Vaccination report Assam 1874-1896 - 1874-1896
Year: 1874
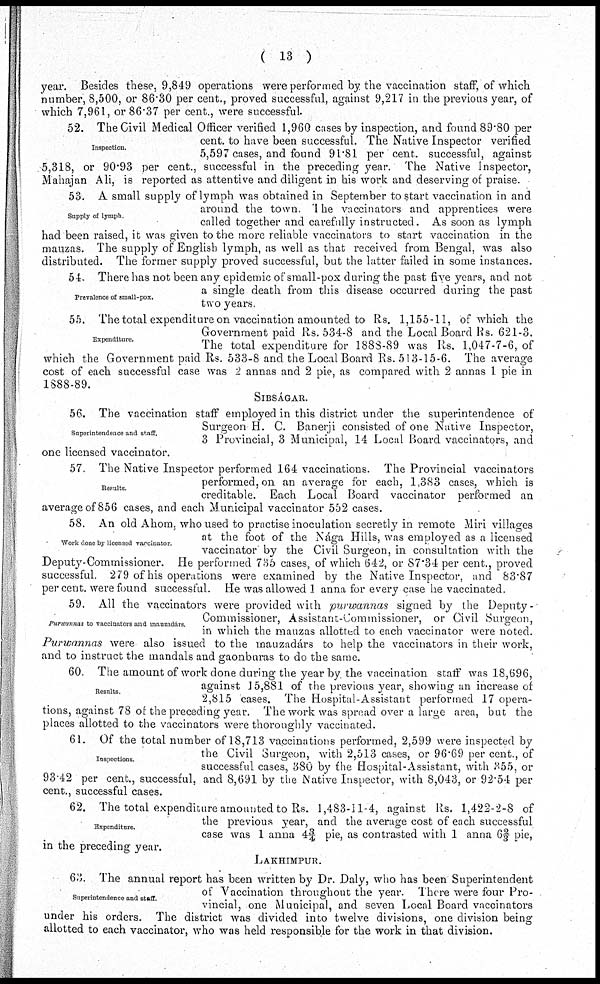
( 13 )
year. Besides these, 9,849 operations were performed by the vaccination staff, of which
number, 8,500, or 86.30 per cent., proved successful, against 9,217 in the previous year, of
which 7,961, or 86.37 per cent., were successful.
Inspection.
52. The Civil Medical Officer verified 1,960 cases by inspection, and found 89.80 per
cent. to have been successful. The Native Inspector verified
5,597 cases, and found 91.81 per cent. successful, against
5,318, or 90.93 per cent., successful in the preceding year. The Native Inspector,
Mahajan Ali, is reported as attentive and diligent in his work and deserving of praise.
Supply of lymph
53. A small supply of lymph was obtained in September to start vaccination in and
around the town. The vaccinators and apprentices were
called together and carefully instructed. As soon as lymph
had been raised, it was given to the more reliable vaccinators to start vaccination in the
mauzas. The supply of English lymph, as well as that received from Bengal, was also
distributed. The former supply proved successful, but the latter failed in some instances.
Prevalence of small-pox.
54. There has not been any epidemic of small-pox during the past five years, and not
a single death from this disease occurred during the past
two years.
Expenditure.
55. The total expenditure on vaccination amounted to Rs. 1,155-11, of which the
Government paid Rs. 534-8 and the Local Board Rs. 621-3.
The total expenditure for 188S-89 was Rs, 1,047-7-6, of
which the Government paid Rs. 533-8 and the Local Board Rs. 513-15-6. The average
cost of each successful case was 2 annas and 2 pie, as compared with 2 annas 1 pie in
1888-89.
SIBSÁGAR.
Superintendence and staff.
56. The vaccination staff employed in this district under the superintendence of
Surgeon H. C. Banerji consisted of one Native Inspector,
3 Provincial, 3 Municipal, 14 Local Board vaccinators, and
one licensed vaccinator.
Results.
57. The Native Inspector performed 164 vaccinations. The Provincial vaccinators
performed, on an average for each, 1,383 cases, which is
creditable. Each Local Board vaccinator performed an
average of 856 cases, and each Municipal vaccinator 552 cases.
Work done by licensed vaccinator.
58. An old Ahom, who used to practise inoculation secretly in remote Miri villages
at the foot of the Nága Hills, was employed as a licensed
vaccinator by the Civil Surgeon, in consultation with the
Deputy-Commissioner. He performed 736 cases, of which 642, or 87.34 per cent., proved
successful. 279 of his operations were examined by the Native Inspector, and 83.87
per cent. were found successful. He was allowed 1 anna for every case he vaccinated.
Purwannas to vaccinators and mauzadárs.
59. All the vaccinators were provided with purwannas signed by the Deputy -
Commissioner, Assistant-Commissioner, or Civil Surgeon,
in which the mauzas allotted to each vaccinator were noted.
Purwannas were also issued to the mauzadárs to help the vaccinators in their work,
and to instruct the mandals and gaonburas to do the same.
Results.
60. The amount of work done during the year by the vaccination staff was 18,696,
against 15,881 of the previous year, showing an increase of
2,815 cases. The Hospital-Assistant performed 17 opera-
tions, against 78 of the preceding year. The work was spread over a large area, but the
places allotted to the vaccinators were thoroughly vaccinated.
Inspections.
61. Of the total number of 18,713 vaccinations performed, 2,599 were inspected by
the Civil Surgeon, with 2,513 cases, or 96.69 per cent., of
successful cases, 380 by the Hospital-Assistant, with 355, or
93.42 per cent., successful, and 8,691 by the Native Inspector, with 8,043, or 92.54 per
cent., successful cases.
Expenditure.
62. The total expenditure amounted to Rs. 1,483-11-4, against Rs. 1,422-2-8 of
the previous year, and the average cost of each successful
case was 1 anna 4¾ pie, as contrasted with 1 anna 62/3 pie,
in the preceding year.
LAKHIMPUR.
Superintendence and staff.
63. The annual report has been written by Dr. Daly, who has been Superintendent
of Vaccination throughout the year. There were four Pro-
vincial, one Municipal, and seven Local Board vaccinators
under his orders. The district was divided into twelve divisions, one division being
allotted to each vaccinator, who was held responsible for the work in that division.